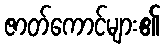
ဇာတ်ကောင်များ၏